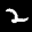
Label: 2